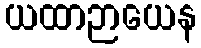
ယထာဉာယေန